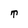
Character: T